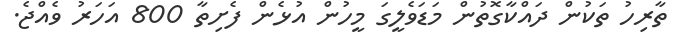
ތާރިހު ތަކުން ދައްކާގޮތުން މަޑަވެލީގަ މީހުން އުޅެން ފެށިތާ 800 އަހަރު ވެއްޖެ.